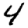
Digit: 4